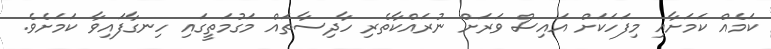
ކަމެއް ކަމަށާއި މިފަހަކަށް އައިސް ވަރަށް ނުރައްކާތެރި ހާދިސާތައް މަގުމަތީގައި ހިނގާފައިވާ ކަމަށެވެ.